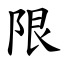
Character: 限